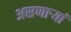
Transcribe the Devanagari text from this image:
असणाऱ्यां